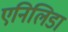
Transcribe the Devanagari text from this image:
एनिलिडा